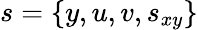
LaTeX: s=\{ y,u,v,s_{xy}\}